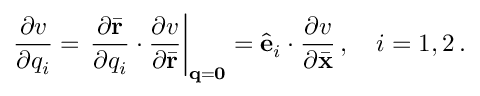
\frac { \partial v } { \partial q _ { i } } = \left. \frac { \partial \bar { \bf r } } { \partial q _ { i } } \cdot \frac { \partial v } { \partial \bar { \bf r } } \right| _ { { \bf q } = { \bf 0 } } = \hat { \bf e } _ { i } \cdot \frac { \partial v } { \partial \bar { \bf x } } \, , \quad i = 1 , 2 \, .